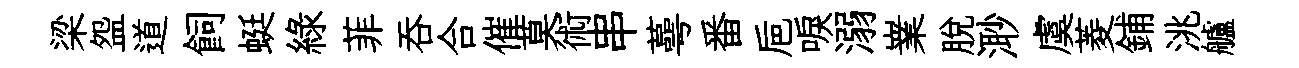
梁盌道飼蜓緑菲吞合催莫術串蕚番巵唳溺嶪脱𣺌虞菱鋪洮艫